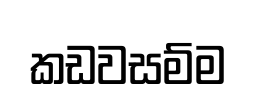
කඩවසම්ම